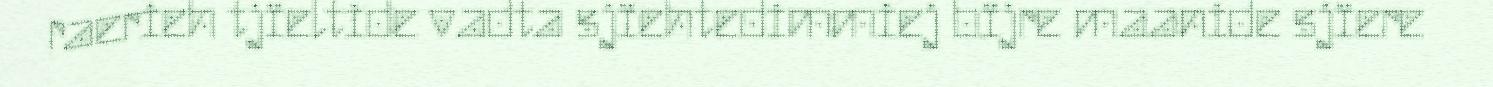
raerieh tjïeltide vadta sjïehtedimmiej bïjre maanide sjïere